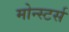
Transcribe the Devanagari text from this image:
मोन्स्टर्स